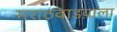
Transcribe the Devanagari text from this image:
मराठवाडय़ाला